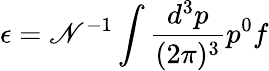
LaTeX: \epsilon=\mathscr{N}^{-1}\int\frac{{d^{3}p}}{{(2\pi)^{3}}}p^{0}f